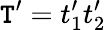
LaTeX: \mathtt{T}^{\prime}=t_{1}^{\prime}t_{2}^{\prime}